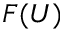
F ( U )